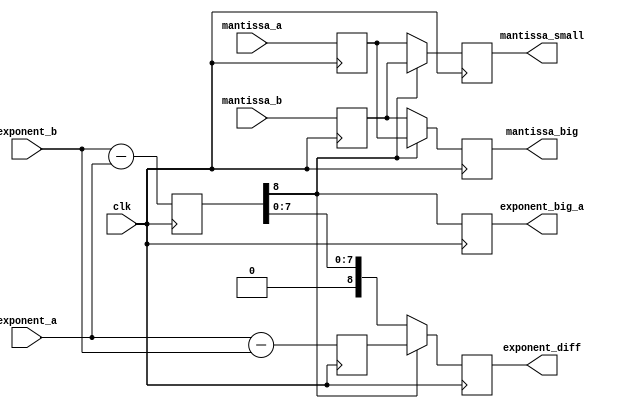
`timescale 1ns / 1ps
//////////////////////////////////////////////////////////////////////////////////
// 
// Design Name: 
// Module Name: fp7_alu_compare_stage
// Project Name: 
// Target Devices: 
// Tool Versions: 
// Description: 
// 
// Dependencies: 
// 
// Revision:
// Revision 0.01 - File Created
// Additional Comments:
// 
//////////////////////////////////////////////////////////////////////////////////


module fp7_alu_compare_stage
#(
  parameter EXPONENT_WIDTH = 8,
  parameter MANTISSA_WIDTH = 24
) (
  input  wire clk, //controll signal
  input  wire signed [EXPONENT_WIDTH-1:0] exponent_a, exponent_b, // exponent_a : from accumulator, exponent_b : from systolic array
  input  wire signed [MANTISSA_WIDTH-1:0] mantissa_a, mantissa_b, // mantissa_a : from accumulator, mantissa_b : from systolic array
  output reg                             exponent_big_a,
  output reg  signed [EXPONENT_WIDTH:0]  exponent_diff,
  output reg  signed [MANTISSA_WIDTH-1:0] mantissa_big, mantissa_small
);
  reg signed [EXPONENT_WIDTH:0] tmp_exponent_diff, tmp_exponent_diff_n;
  reg signed [MANTISSA_WIDTH-1:0] mantissa_a_tmp, mantissa_b_tmp;

  always @(posedge clk) 
  begin
    exponent_diff <= tmp_exponent_diff[EXPONENT_WIDTH] ? tmp_exponent_diff_n : tmp_exponent_diff;//compare expoent
    mantissa_big <= tmp_exponent_diff[EXPONENT_WIDTH] ? mantissa_a_tmp : mantissa_b_tmp;
    mantissa_small <= tmp_exponent_diff[EXPONENT_WIDTH] ? mantissa_b_tmp : mantissa_a_tmp;
    exponent_big_a <= tmp_exponent_diff[EXPONENT_WIDTH];
    mantissa_a_tmp <= mantissa_a;
    mantissa_b_tmp <= mantissa_b;
    tmp_exponent_diff <= exponent_b - exponent_a;
    tmp_exponent_diff_n <= exponent_a - exponent_b;
  end

endmodule